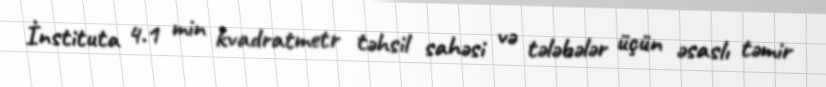
İnstituta 4.1 min kvadratmetr təhsil sahəsi və tələbələr üçün əsaslı təmir